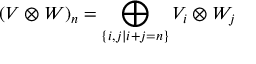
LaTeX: ( V \otimes W ) _ { n } = \bigoplus _ { \{ i , j | i + j = n \} } V _ { i } \otimes W _ { j }